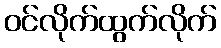
ဝင်လိုက်ထွက်လိုက်